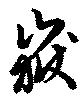
嶽